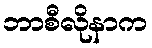
ဘာစီလိုနာက